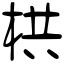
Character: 栱